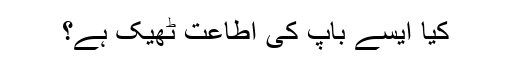
کیا ایسے باپ کی اطاعت ٹھیک ہے؟